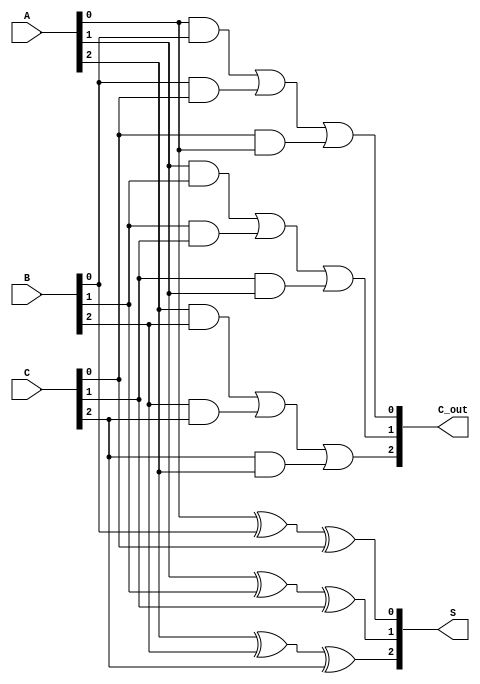
module CarrySaveAdder (
    input [2:0] A, // 3-bit input A
    input [2:0] B, // 3-bit input B
    input [2:0] C, // 3-bit input C
    output [2:0] S, // 3-bit sum output
    output [2:0] C_out // 3-bit carry output
);

// Intermediate wires for carries
wire [2:0] carry;
wire [2:0] sum;

// Full adder for bit 0
assign sum[0] = A[0] ^ B[0] ^ C[0]; // SUM0
assign carry[0] = (A[0] & B[0]) | (B[0] & C[0]) | (C[0] & A[0]); // CARRY0

// Full adder for bit 1
assign sum[1] = A[1] ^ B[1] ^ C[1]; // SUM1
assign carry[1] = (A[1] & B[1]) | (B[1] & C[1]) | (C[1] & A[1]); // CARRY1

// Full adder for bit 2
assign sum[2] = A[2] ^ B[2] ^ C[2]; // SUM2
assign carry[2] = (A[2] & B[2]) | (B[2] & C[2]) | (C[2] & A[2]); // CARRY2

// Assign outputs
assign S = sum;      // Sum output
assign C_out = carry; // Carry output

endmodule